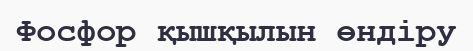
Фосфор қышқылын өндіру